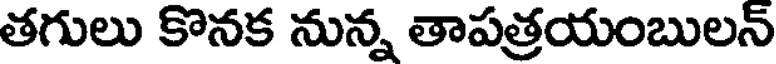
తగులు కొనక నున్న తాపత్రయంబులన్